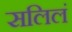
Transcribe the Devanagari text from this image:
सलिलं